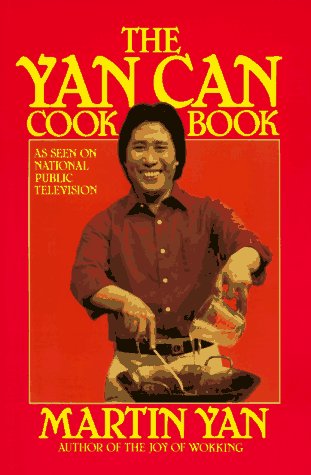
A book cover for The Yan Can Cook Book; Martin Yan; Cookbooks, Food & Wine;